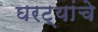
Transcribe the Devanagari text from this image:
घरट्यांचे